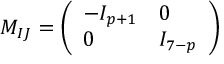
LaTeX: M _ { I J } = \left( \begin{array} { l l } { { - I _ { p + 1 } } } & { { 0 } } \\ { { 0 } } & { { I _ { 7 - p } } } \end{array} \right)